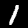
Digit: 1